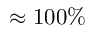
\approx 1 0 0 \%